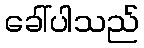
ခေါ်ပါသည်